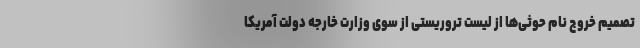
تصمیم خروج نام حوثی‌ها از لیست تروریستی از سوی وزارت خارجه دولت آمریکا